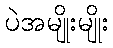
ပဲအမျိုးမျိုး